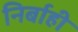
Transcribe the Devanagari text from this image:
निर्बाही